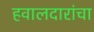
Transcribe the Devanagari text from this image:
हवालदारांचा